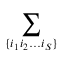
\sum _ { \lbrace i _ { 1 } i _ { 2 } \ldots i _ { S } \rbrace }